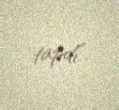
tapdı”.